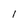
Character: I